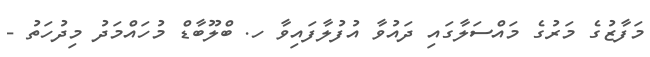
މަފާޒުގެ މަރުގެ މައްސަލާގައި ދައުވާ އުފުލާފައިވާ ހ. ބްލޫބާޑް މުހައްމަދު މިދުހަތު -